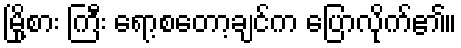
မြို့စား ကြီး ရော့စတော့ချင်က ပြောလိုက်၏။